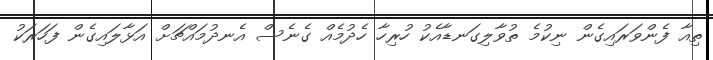
ތިއާ ފެންވަރައިގެން ނިކުމެ ތުވާލިގަނޑާއެކު ހުރިހާ ހެދުމެއް ގެނެސް އެނދުމައްޗަށް އަޅާލައިގެން ފަހަރަކު